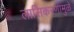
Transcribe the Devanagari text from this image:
लासिकरणामुळे